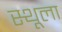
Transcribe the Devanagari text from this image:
स्थूला